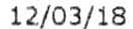
12/03/18